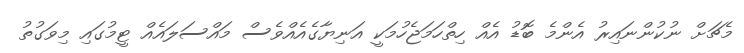
މެޗަށް ނުކުންނައިރު އެންމެ ބޮޑު އެއް ހިތްހަމަޖެހުމަކީ އަނިޔާގެއެއްވެސް މައްސަލައެއް ޓީމުގައި މިވަގުތު